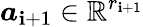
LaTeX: \boldsymbol{a}_{\mathbf{i}+1}\in\mathbb{{R}}^{r_{\mathbf{i}+1}}